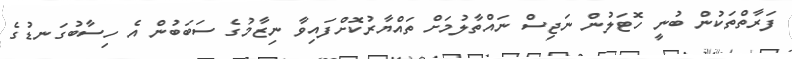
ފަރާތްތަކުން ބުނީ ހޮޓަލުން ނަޖިސް ނައްތާލުމަށް ތައްޔާރުކޮށްފައިވާ ނިޒާމުގެ ސަބަބުން އެ ހިސާބުގަނޑުގެ